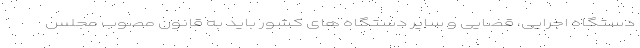
دستگاه اجرایی، قضایی و سایر دستگاه های کشور باید به قانون مصوب مجلس